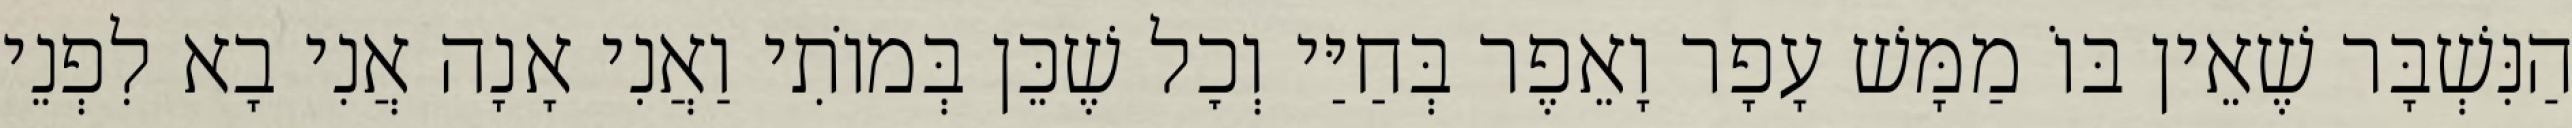
הַנִּשְׁבָּר שֶׁאֵין בּוֹ מַמָּשׁ עָפָר וָאֵפֶר בְּחַיַּי וְכׇל שֶׁכֵּן בְּמוֹתִי וַאֲנִי אָנָה אֲנִי בָא לִפְנֵי